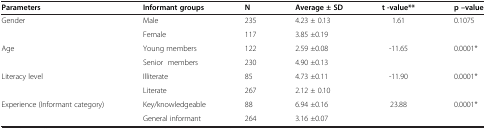
| Parameters | Informant groups | N | Average ± SD | t -value** | p –value |
 | --- | --- | --- | --- | --- | --- |
 | <ROWSPAN=2> Gender | Male | 235 | 4.23 ± 0.13 | <ROWSPAN=2> 1.61 | <ROWSPAN=2> 0.1075 |
 | Female | 117 | 3.85 ±0.19 |
 | <ROWSPAN=2> Age | Young members | 122 | 2.59 ±0.08 | <ROWSPAN=2> -11.65 | <ROWSPAN=2> 0.0001* |
 | Senior members | 230 | 4.90 ±0.13 |
 | <ROWSPAN=2> Literacy level | Illiterate | 85 | 4.73 ±0.11 | <ROWSPAN=2> -11.90 | <ROWSPAN=2> 0.0001* |
 | Literate | 267 | 2.12 ± 0.10 |
 | <ROWSPAN=2> Experience (Informant category) | Key/knowledgeable | 88 | 6.94 ±0.16 | <ROWSPAN=2> 23.88 | <ROWSPAN=2> 0.0001* |
 | General informant | 264 | 3.16 ±0.07 |